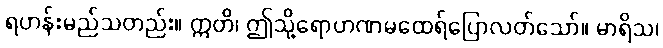
ရဟန်းမည်သတည်း။ ဣတိ၊ ဤသို့ရောဟဏမထေရ်ပြောလတ်သော်။ မာရိသ၊